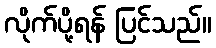
လိုက်ပို့ရန် ပြင်သည်။